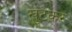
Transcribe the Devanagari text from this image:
खुटेकर